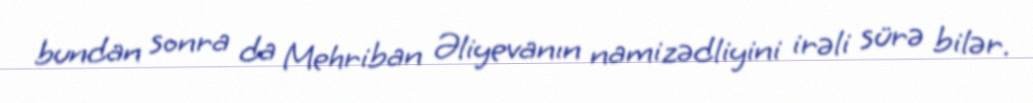
bundan sonra da Mehriban Əliyevanın namizədliyini irəli sürə bilər.